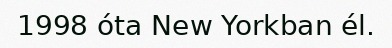
1998 óta New Yorkban él.